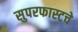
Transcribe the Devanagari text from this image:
सुपरफास्टचे